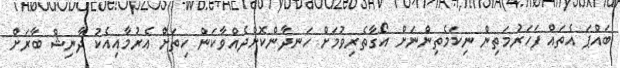
ބައްޕަ އެތައް ފަހަރުމަތިން ނިކަމެތިންނަށް އޯގާތެރިވުމަށް ހަނދާންކޮށްދެއްވާކަން ހިތަށް އެރުމާއިއެކު ދާނިޝް ބާރަށް